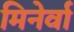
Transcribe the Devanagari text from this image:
मिनेर्वा